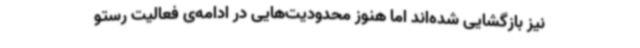
نیز بازگشایی شده‌اند اما هنوز محدودیت‌هایی در ادامه‌ی فعالیت رستو